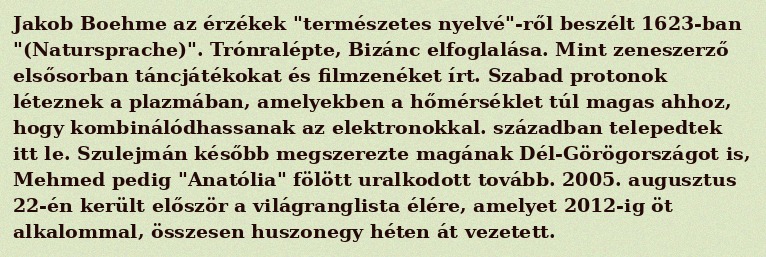
Jakob Boehme az érzékek "természetes nyelvé"-ről beszélt 1623-ban "(Natursprache)". Trónralépte, Bizánc elfoglalása. Mint zeneszerző elsősorban táncjátékokat és filmzenéket írt. Szabad protonok léteznek a plazmában, amelyekben a hőmérséklet túl magas ahhoz, hogy kombinálódhassanak az elektronokkal. században telepedtek itt le. Szulejmán később megszerezte magának Dél-Görögországot is, Mehmed pedig "Anatólia" fölött uralkodott tovább. 2005. augusztus 22-én került először a világranglista élére, amelyet 2012-ig öt alkalommal, összesen huszonegy héten át vezetett.